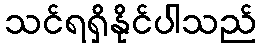
သင်ရရှိနိုင်ပါသည်